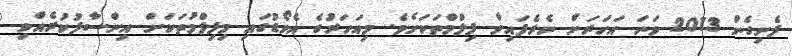
ފެށިގެން 2013 ވަނަ އަހަރަށް ނެރެފައިވާ ފިލްމްތަކަށެވެ. މިއަހަރުގެ އެވޯޑުގައި މިފިލްމުތަކަށް އިންސާފުކުރެއްވި